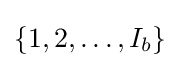
\{1,2,\ldots ,I_{b}\}